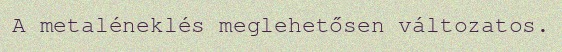
A metaléneklés meglehetősen változatos.